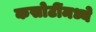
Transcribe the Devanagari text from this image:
कसोटींमध्ये